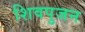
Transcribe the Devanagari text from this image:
शिवपुजन